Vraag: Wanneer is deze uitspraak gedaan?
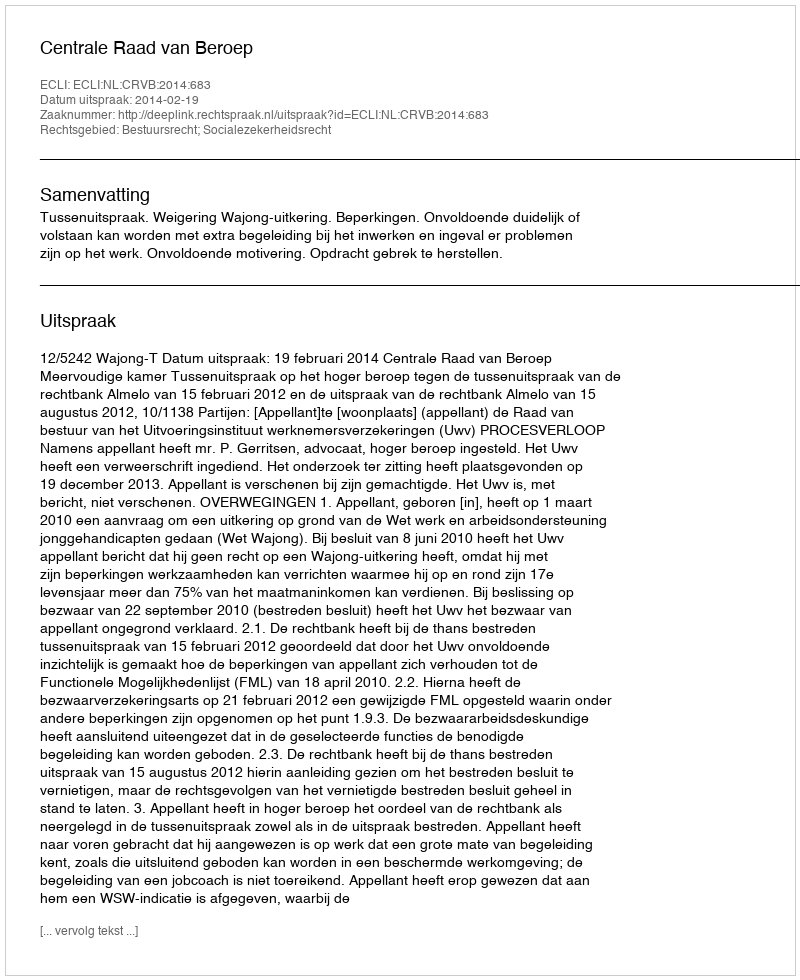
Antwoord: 2014-02-19